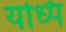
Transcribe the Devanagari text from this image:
यध्पि